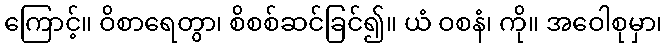
ကြောင့်။ ဝိစာရေတွာ၊ စိစစ်ဆင်ခြင်၍။ ယံ ဝစနံ၊ ကို။ အဝေါစုမှာ၊